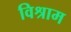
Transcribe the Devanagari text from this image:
विश्राम